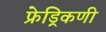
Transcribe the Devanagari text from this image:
फ्रेड्रिकणी